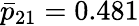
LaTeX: \bar{p}_{21}=0.481